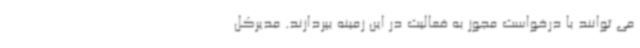
می توانند با درخواست مجوز به فعالیت در این زمینه بپردازند. مدیرکل